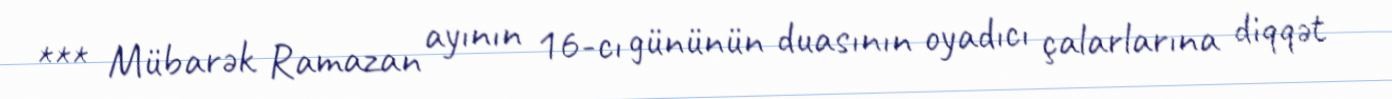
*** Mübarək Ramazan ayının 16-cı gününün duasının oyadıcı çalarlarına diqqət